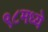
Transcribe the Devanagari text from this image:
९८मध्ये